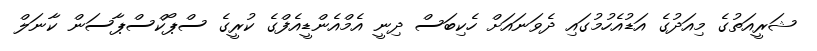
ޝަރީއަތުގެ މިއަދުގެ އަޑުއެހުމުގައި ދެވަނައަށް ހެކިބަސް ދިނީ އެމްއެންޑީއެފްގެ ކުރީގެ ސްޕޯކްސްޕާސަން ކާނަލް